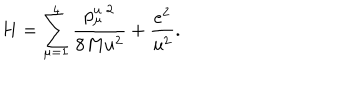
H = \sum _ { \mu = 1 } ^ { 4 } \frac { p _ { \mu } ^ { u } { } ^ { \, 2 } } { 8 M u ^ { 2 } } + \frac { e ^ { 2 } } { u ^ { 2 } } .